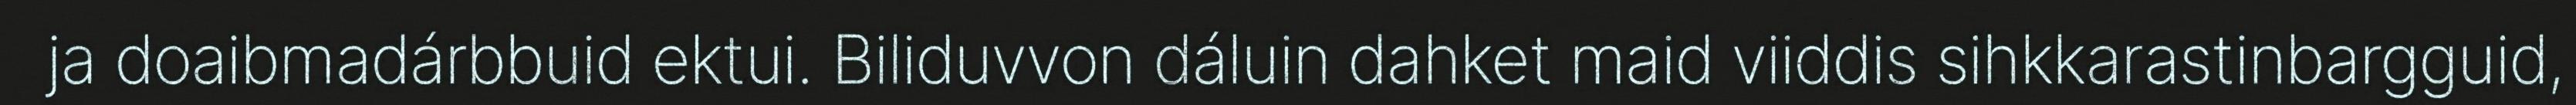
ja doaibmadárbbuid ektui. Biliduvvon dáluin dahket maid viiddis sihkkarastinbargguid,